Audit of school board accounts. Circular to auditors, 1910
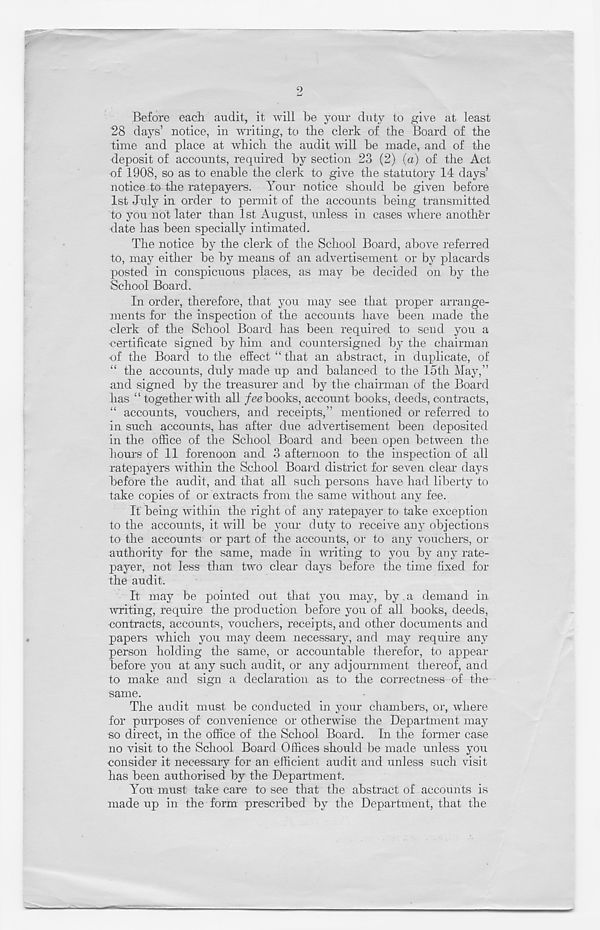
Before each audit, it will be your duty to give at least
28 days’ notice, in writing, to the clerk of the Board of the
time and place at which the audit will be made, and of the
deposit of accounts, required by section 23 (2) (a) of the Act
of 1908, so as to enable the clerk to give the statutory 14 days’
notice to the ratepayers. Your notice should be given before
1st July in order to permit of the accounts being transmitted
to you not later than 1st August, unless in cases where another
date has been specially intimated.
The notice by the clerk of the School Board, above referred
to, may either be by means of an advertisement or by placards
posted in conspicuous places, as may be decided on by the
School Board.
In order, therefore, that you may see that proper arrange-
ments for the inspection of the accounts have been made the
■ clerk of the School Board has been required to send you a
•certificate signed by him and countersigned by the chairman
■ of the Board to the effect “ that an abstract, in duplicate, of
“ the accounts, duly made up and balanced to the 15th May,”
and signed by the treasurer and by the chairman of the Board
has “ together with all fee books, account books, deeds, contracts,
“ accounts, vouchers, and receipts,” mentioned or referred to
in such accounts, has after due advertisement been deposited
in the office of the School Board and been open between the
hours of 11 forenoon and 3 afternoon to the inspection of all
ratepayers within the School Board district for seven clear 1 days
before the audit, and that all such persons have had liberty to
take copies of or extracts from the same without any fee.
It being within the right of any ratepayer to take exception
to the accounts, it will be your duty to receive any objections
to the accounts or part of the accounts, or to any vouchers, or
authority for the same, made in writing to you by any rate-
payer, not less than two clear days before the time fixed for
the audit.
It may be pointed out that you may, by . a demand in
writing, require the production before you of all books, deeds,
contracts, accounts, vouchers, receipts, and other documents and
papers which you may deem necessary, and ma}- T require any
person holding the same, or accountable therefor, to appear
before you at any such audit, or any adjournment thereof, and
to make and sign a declaration as to the correctness of the
same.
The audit must be conducted in your chambers, or, where
for purposes of convenience or otherwise the Department may
so direct, in the office of the School Board. In the former case
no visit to the School Board Offices should be made unless you
consider it necessary for an efficient audit and unless such visit
has been authorised by the Department.
You must take care to see that the abstract of accounts is
made up in the form prescribed by the Department, that the